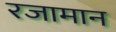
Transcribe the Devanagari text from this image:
रजामान